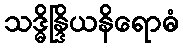
သဒ္ဓိန္ဒြိယနိရောဓံ